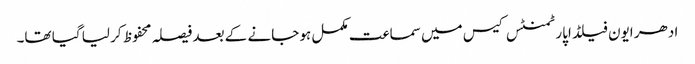
ادھر ایون فیلڈ اپارٹمنٹس کیس میں سماعت مکمل ہو جانے کے بعد فیصلہ محفوظ کر لیا گیا تھا۔